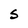
Character: S